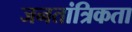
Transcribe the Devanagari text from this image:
जनतांत्रिकता